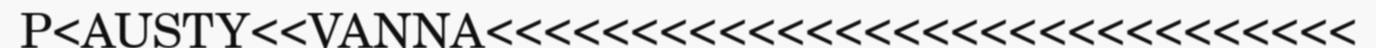
P<AUSTY<<VANNA<<<<<<<<<<<<<<<<<<<<<<<<<<<<<<